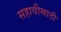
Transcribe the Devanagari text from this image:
सहावीसाठी